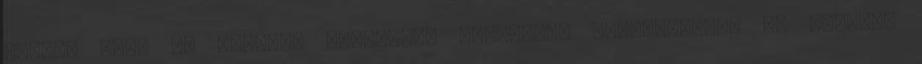
egyben védi az egyházi szervezet vagyonát, megállapítja az azokért